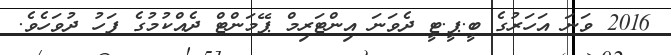
2016 ވަނަ އަހަރުގެ ބީ.ޕީ.ޓީ ދެވަނަ އިންޓަރިމް ޕޭމަންޓް ދެއްކުމުގެ ފަހު ދުވަހެވެ.